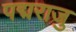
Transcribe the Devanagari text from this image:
पद्मराजु